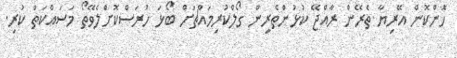
ހޮންކޮން އޭރިޔާ ތެރޭން ރާއްޖޭ ކުޅުންތެރިން ގޯލްކުރިމައްޗަށް ބޯޅަ ހުރަސްކޮށްލެވޭތޯ މަސައްކަތް ކުރި.